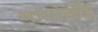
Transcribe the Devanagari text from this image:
भागांतहि